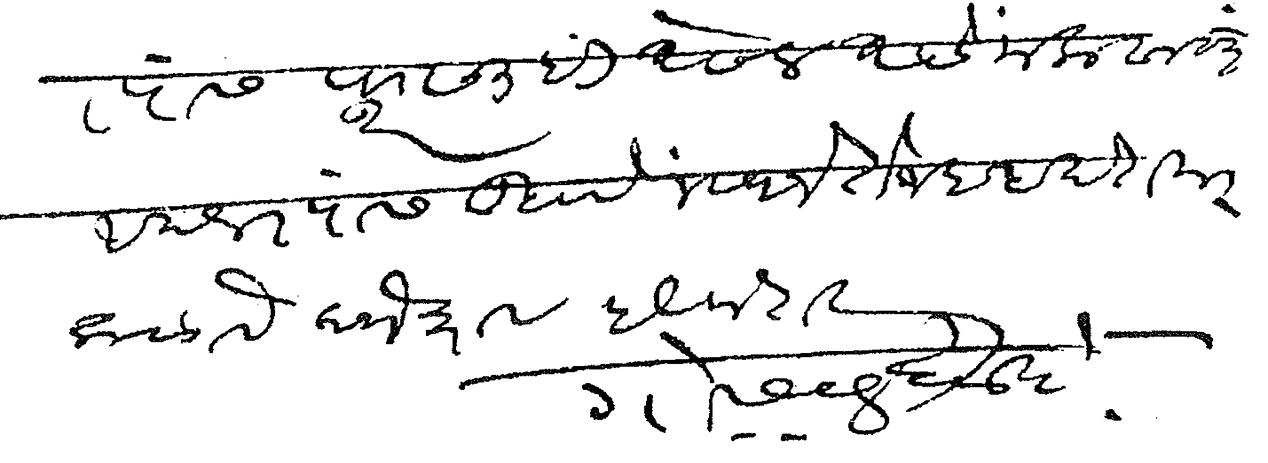
Transliteration (Devanagari): त्यांस फुरसतही असेल असे मला वाटते आपल्यास लिहावे म्हणजे ते जबाब देतील कळावे लोभ करावा हे विनंती गो स सरदेसाई